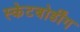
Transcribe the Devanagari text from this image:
स्केटबोर्डींग